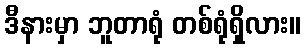
ဒီနားမှာ ဘူတာရုံ တစ်ရုံရှိလား။